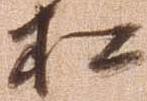
松